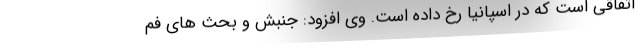
اتفاقی است که در اسپانیا رخ داده است. وی افزود: جنبش و بحث های فم